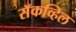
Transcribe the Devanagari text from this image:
सॅकव्हिल